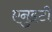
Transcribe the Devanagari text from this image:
एनुइटी